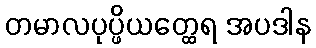
တမာလပုပ္ဖိယတ္ထေရ အပဒါန